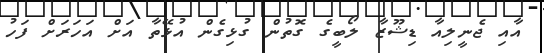
އާއި ޖެނީލިއާ ޑިޝޫޒާ ލޯބީގެ ގޮތުން ގުޅިގެން އުޅޭތާ އަށް އަހަރަށް ފަހު